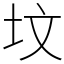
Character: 坟